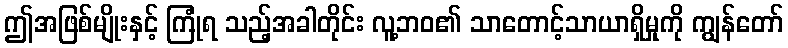
ဤအဖြစ်မျိုးနှင့် ကြုံရ သည့်အခါတိုင်း လူ့ဘဝ၏ သာတောင့်သာယာရှိမှုကို ကျွန်တော်